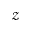
\mathcal { Z }